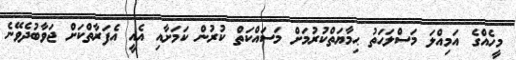
މީހެއްގެ އަމިއްލަ މަސްލަޙަތު ޙިމާޔަތްކުރުމަށް މަސައްކަތް ކުރުން ކަމަށާއި އެއީ އެފަރާތްކަށް ޖަވާބުދެވޭނެ